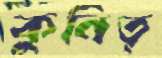
কুনিত্